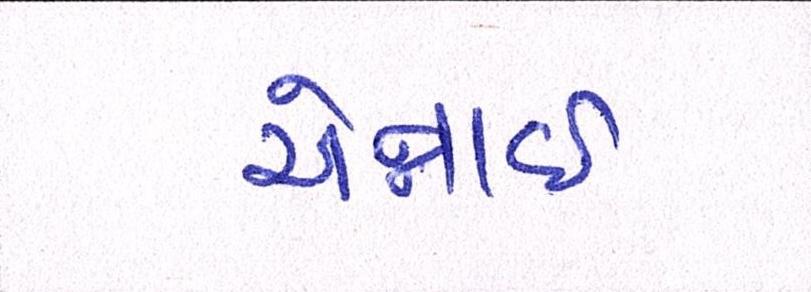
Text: ચેન્નાઇ